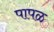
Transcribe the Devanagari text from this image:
पापळ